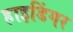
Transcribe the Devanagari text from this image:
हाइडिंगर